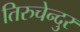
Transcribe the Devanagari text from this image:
तिरुचेन्दुर